Vaccination in Bombay 1874-1876 - 1874-1876
Year: 1874
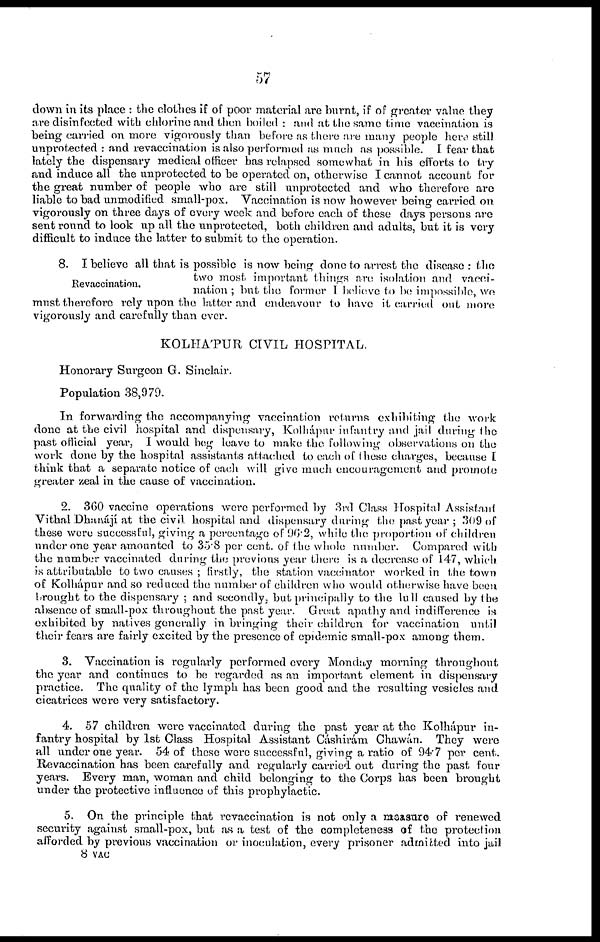
57
down in its place : the clothes if of poor material are burnt, if of greater value they
are disinfected with chlorine and then boiled : and at the same time vaccination is
being carried on more vigorously than before as there are many people here still
unprotected : and re vaccination is also performed as much as possible. I fear that
lately the dispensary medical officer has relapsed somewhat in his efforts to try
and induce all the unprotected to be operated on, otherwise I cannot account for
the great number of people who are still unprotected and who therefore are
liable to bad unmodified small-pox. Vaccination is now however being carried on
vigorously on three days of every week and before each of these days persons are
sent round to look up all the unprotected, both children and adults, but it is very
difficult to induce the latter to submit to the operation.
Revaccination.
8. I believe all that is possible is now being done to arrest the disease : the
two most important things are isolation and vacci-
nation ; but the former I believe to be impossible, we
must therefore rely upon the latter and endeavour to have it carried out more
vigorously and carefully than ever.
KOLHÁPUR CIVIL HOSPITAL.
Honorary Surgeon G. Sinclair.
Population 38,979.
In forwarding the accompanying vaccination returns exhibiting the work
done at the civil hospital and dispensary, Kolhápur infantry and jail during the
past official year, I would beg leave to make the following observations on the
work done by the hospital assistants attached to each of these charges, because I
think that a separate notice of each will give much encouragement and promote
greater zeal in the cause of vaccination.
2. 360 vaccine operations were performed by 3rd Class Hospital Assistant
Vithal Dhanájí at the civil hospital and dispensary during the past year ; 309 of
these were successful, giving a percentage of 96.2, while the proportion of children
under one year amounted to 35.8 per cent. of the whole number. Compared with
the number vaccinated during the previous year there is a decrease of 147, which
is attributable to two causes ; firstly, the station vaccinator worked in the town
of Kolhápur and so reduced the number of children who would otherwise have been
brought to the dispensary ; and secondly, but principally to the lull caused by the
absence of small-pox throughout the past year. Great apathy and indifference is
exhibited by natives generally in bringing their children for vaccination until
their fears are fairly excited by the presence of epidemic small-pox among them.
3. Vaccination is regularly performed every Monday morning throughout
the year and continues to be regarded as an important element in dispensary
practice. The quality of the lymph has been good and the resulting vesicles and
cicatrices were very satisfactory.
4. 57 children were vaccinated during the past year at the Kolhápur in-
fantry hospital by 1st Class Hospital Assistant Cáshirám Chawán. They were
all under one year. 54 of these were successful, giving a ratio of 94.7 per cent.
Revaccination has been carefully and regularly carried out during the past four
years. Every man, woman and child belonging to the Corps has been brought
under the protective influence of this prophylactic.
5. On the principle that revaccination is not only a measure of renewed
security against small-pox, but as a test of the completeness of the protection
afforded by previous vaccination or inoculation, every prisoner admitted into jail
8 VAC